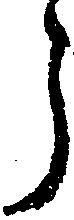
う